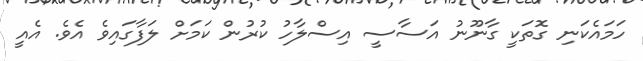
ހަމައެކަނި ގޮތަކީ ގާނޫނު އަސާސީ އިސްލާހު ކުރުން ކަމަށް ލަފާގައިވެ އެވެ. އެއީ